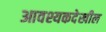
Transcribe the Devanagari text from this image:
आवश्यकदेखील